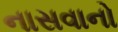
નાસવાનો